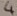
Text: 4